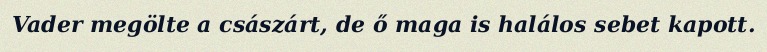
Vader megölte a császárt, de ő maga is halálos sebet kapott.